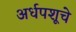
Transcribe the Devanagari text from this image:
अर्धपशूचे